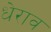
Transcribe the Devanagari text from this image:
धेराव